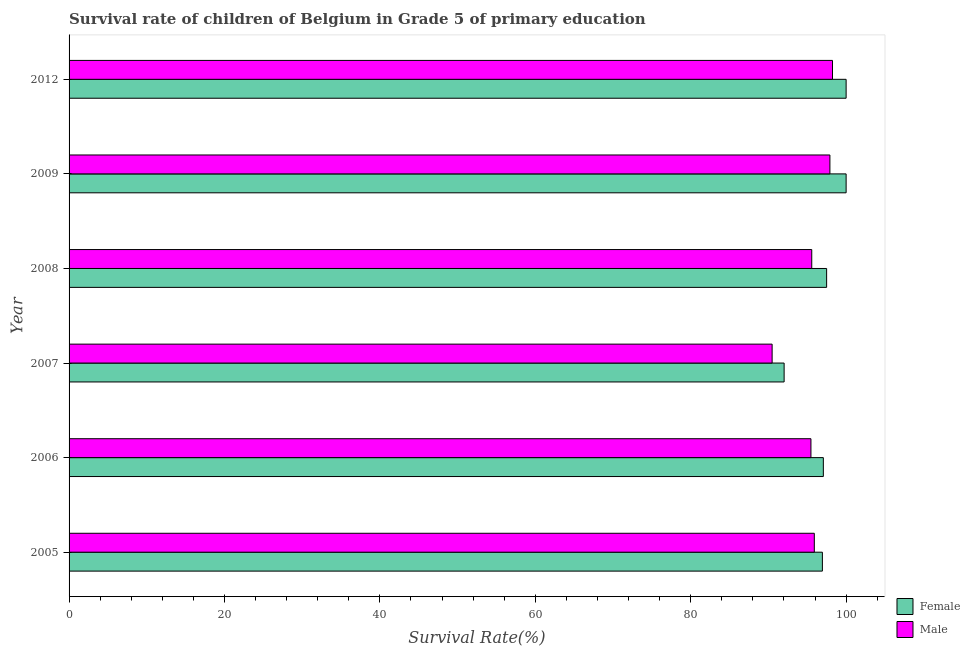
| Year | Female | Male |
 | --- | --- | --- |
 | 2005 | 96.9 | 95.9 |
 | 2006 | 97.1 | 95.5 |
 | 2007 | 92 | 90.5 |
 | 2008 | 97.5 | 95.6 |
 | 2009 | 100 | 97.9 |
 | 2012 | 100 | 98.2 |